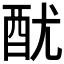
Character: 𨠄